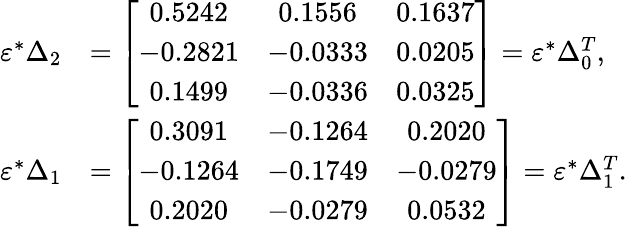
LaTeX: \begin{array}{rl}{\varepsilon^{*}\Delta_{2}}&{=\left[\begin{array}{ccc}{0.5242}&{0.1556}&{0.1637}\\ {-0.2821}&{-0.0333}&{0.0205}\\ {0.1499}&{-0.0336}&{0.0325}\end{array}\right]=\varepsilon^{*}\Delta_{0}^{T},}\\ {\varepsilon^{*}\Delta_{1}}&{=\left[\begin{array}{ccc}{0.3091}&{-0.1264}&{0.2020}\\ {-0.1264}&{-0.1749}&{-0.0279}\\ {0.2020}&{-0.0279}&{0.0532}\end{array}\right]=\varepsilon^{*}\Delta_{1}^{T}.}\end{array}